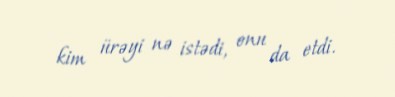
kim ürəyi nə istədi, onu da etdi.